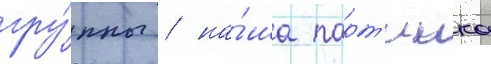
гру́ппы / на́ша парт'иика